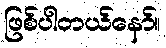
ဖြစ်ပါတယ်နော်။